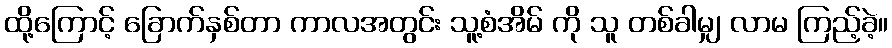
ထို့ကြောင့် ခြောက်နှစ်တာ ကာလအတွင်း သူ့စံအိမ် ကို သူ တစ်ခါမျှ လာမ ကြည့်ခဲ့။